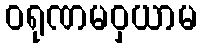
ဝရုဏမဝှယာမ